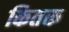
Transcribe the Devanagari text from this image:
कितरू